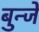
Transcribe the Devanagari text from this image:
बुन्जे